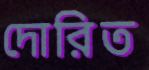
দোরিত